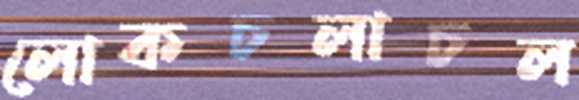
লোকচলাচল